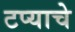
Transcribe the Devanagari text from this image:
टप्याचे